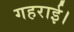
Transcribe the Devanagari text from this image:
गहराई।